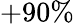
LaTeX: +90\%